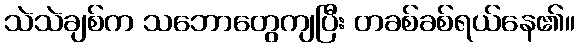
သဲသဲချစ်က သဘောတွေကျပြီး တခစ်ခစ်ရယ်နေ၏။